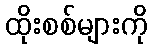
ထိုးစစ်များကို